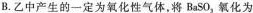
B.乙中产生的一定为氧化性气体，将BaSO_{3}，氧化为